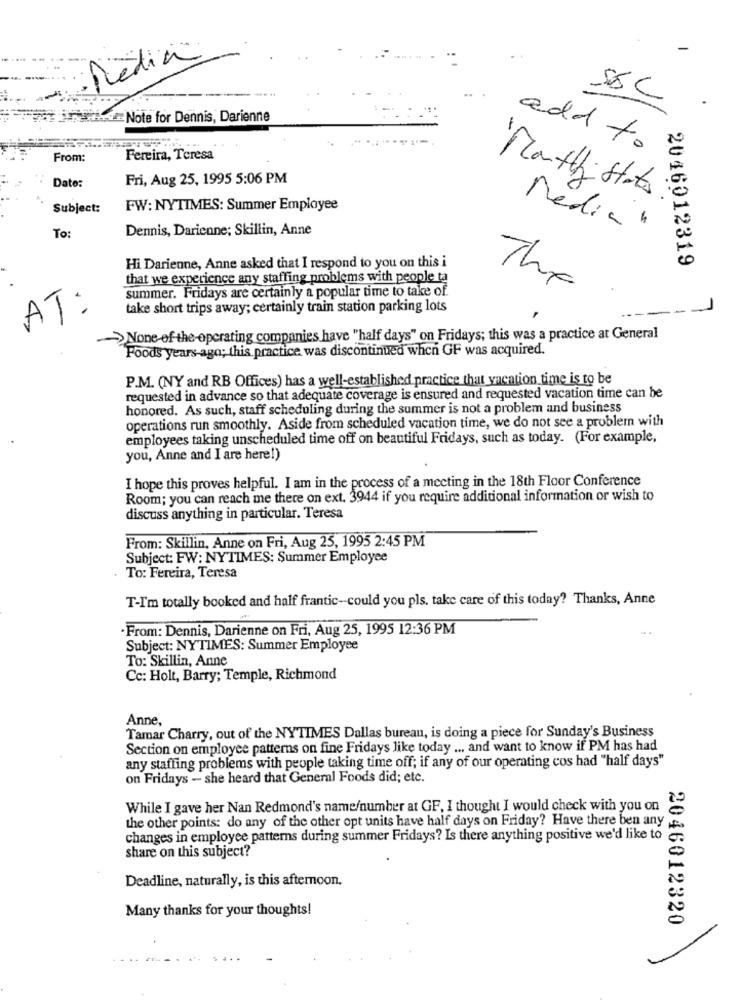
Media
inside Note for Dennis, Darienne
add to
From:
Fereira, Teresa
Date:
Fri, Aug 25, 1995 5:06 PM
Mouth states :
Subject:
FW: NYTIMES: Summer Employee
Dennis, Darienne; Skillin, Anne
Media"
To:
Hi Darienne, Anne asked that I respond to you on this i
2046012319
that we experience any staffing problems with people ta
summer. Fridays are certainly a popular time to take of.
The
AT:
take short trips away; certainly train station parking lots
->None of the operating companies have "half days" on Fridays; this was a practice at General
Foods years ago; this practice was discontinued when GF was acquired.
P.M. (NY and RB Offices) has a well-established practice that vacation time is to be
requested in advance so that adequate coverage is ensured and requested vacation time can be
honored. As such, staff scheduling during the summer is not a problem and business
operations run smoothly. Aside from scheduled vacation time, we do not see a problem with
employees taking unscheduled time off on beautiful Fridays, such as today. (For example,
you, Anne and I are here!)
I hope this proves helpful. I am in the process of a meeting in the 18th Floor Conference
Room; you can reach me there on ext. 3944 if you require additional information or wish to
discuss anything in particular. Teresa
From: Skillin, Anne on Fri, Aug 25, 1995 2:45 PM
Subject: FW: NYTIMES: Summer Employee
To: Fereira, Teresa
T-I'm totally booked and half frantic-could you pls. take care of this today? Thanks, Anne
·From: Dennis, Darienne on Fri, Aug 25, 1995 12:36 PM
Subject: NYTIMES: Summer Employee
To: Skillin, Anne
Cc: Holt, Barry; Temple, Richmond
Anne,
Tamar Charry, out of the NYTIMES Dallas bureau, is doing a piece for Sunday's Business
Section on employee patterns on fine Fridays like today ... and want to know if PM has had
any staffing problems with people taking time off; if any of our operating cos had "half days"
on Fridays - she heard that General Foods did; etc.
While I gave her Nan Redmond's name/number at GF, I thought I would check with you on
the other points: do any of the other opt units have half days on Friday? Have there ben any
changes in employee patterns during summer Fridays? Is there anything positive we'd like to
share on this subject?
Deadline, naturally, is this afternoon.
Many thanks for your thoughts!
2046012320